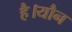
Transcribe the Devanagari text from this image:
है।यौन